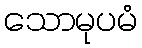
သောမုပမံ